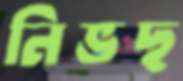
নিভছ